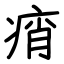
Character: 痟